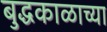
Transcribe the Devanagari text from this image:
बुद्धकाळाच्या